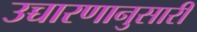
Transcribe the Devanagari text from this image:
उच्चारणानुसारी